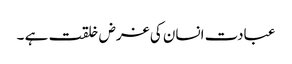
عبادت انسان کی غرض خلقت ہے ۔